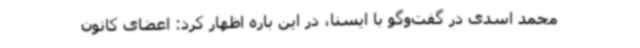
محمد اسدی در گفت‌وگو با ایسنا، در این باره اظهار کرد: اعضای کانون